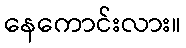
နေကောင်းလား။